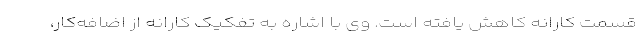
قسمت کارانه کاهش یافته است. وی با اشاره به تفکیک کارانه از اضافه‌کار،